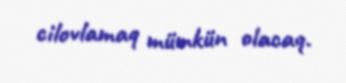
cilovlamaq mümkün olacaq.